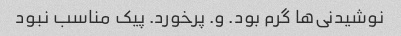
نوشیدنی‌ها گرم بود. و. پرخورد. پیک مناسب نبود